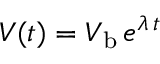
V ( t ) = V _ { \mathrm { b } } \, e ^ { \lambda \, t }